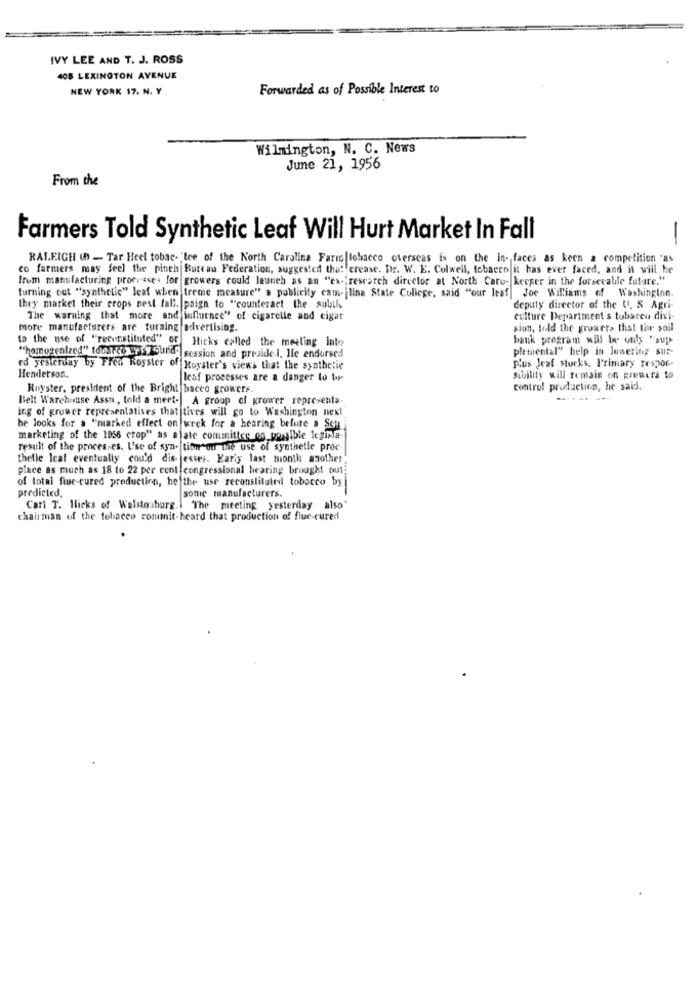
IVY LEE AND T. J. ROSS
408 LEXINGTON AVENUE
NEW YORK 17. N. Y
Forwarded as of Possible Interest to
Wilmington, N. C. News
June 21, 1956
From the
Farmers Told Synthetic Leaf Will Hurt Market In Fall
-
RALEIGH ( - Tar Heel tobac- "tee of the North Carolina Farro tobacco overseas is on the in- faces as keen a competition "as
co farmers may feel the pinch Bureau Federation, suggested that ercase. Dr. W. E. Colwell, tobacco it has ever faced, and it will be
From manufacturing processes for growers could launch as an "ex-"research director at North Caro- keeper in the forsecable future."
turning out "synthetic" leaf when treme measure" a publicity cam- ilina State College, said "our leaf Joe Williams of Washington.
they market their crops nest fall. paign to "counteract the subtle
deputy director of the U. S Agri-
The warning that more and influence" of cigarelle and cigar
culture Department's tobacco divi-
More manufacturers are turaing advertising.
sion, told the growers that thr soil
to the use of "reconstituted" of Hicks called the meeting inte
bank program will be only "sup
plemental" help in lowering sur-
"homogenized" toturco wysy blind" session and preside.l. Ile endorsed
ed yesterday by Free Royster of Hoyster's view's that the synthetic
plus Jeaf stocks. Primary Tespor-
Henderson.
leaf processes are a danger to to-
sibility will remain on growers to
Royster, president of the Bright bacco growere.
control production, he said.
Belt Warehouse Assn ., told a meet- A group of grower representa
---
ing of grower representatives that tives will go to Washington next
he looks for a "marked effect on week for a hearing before a Soul
marketing of the 1956 crop" as alate committee on_possible legisla-
result of the processes. Use of syn. tion"on the use of synthetic proc
thelle Icat eventually cou'd dis- esses. Kariy last month another.
piace as much as 18 to 22 per cent congressional hearing brought out
of total five-cured production, hefthe use reconstituted tobacco by
predicted.
some manufacturers.
Cari T. Hicks of Walstouborg .. The meeting yesterday also'
chairman of the tobacco conmit-heard that production of flue-cured